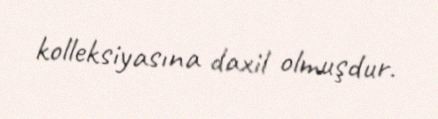
kolleksiyasına daxil olmuşdur.